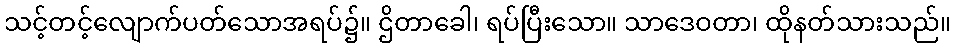
သင့်တင့်လျောက်ပတ်သောအရပ်၌။ ဌိတာခေါ၊ ရပ်ပြီးသော။ သာဒေဝတာ၊ ထိုနတ်သားသည်။